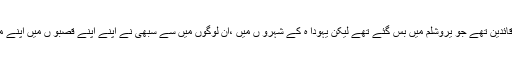
3 یہاں دوسرے صوبوں کے قائدین تھے جو یروشلم میں بس گئے تھے لیکن یہودا ہ کے شہرو ں میں ،ان لوگوں میں سے سبھی نے اپنے اپنے قصبو ں میں اپنے مال و دولت پر گذر بسر کئے۔